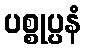
ပစ္စုပ္ပနံ